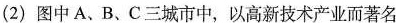
(2)图中A、B、C三城市中，以高新技术产业而著名